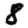
Digit: 8